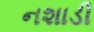
નશાડી